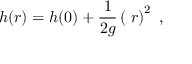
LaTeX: h ( r ) = h ( 0 ) + { \frac { 1 } { 2 g } } \left( { \mathit { \Omega } } r \right) ^ { 2 } \ ,